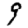
Digit: 9